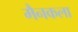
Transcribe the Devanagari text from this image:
मैनकला